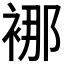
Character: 𮖍